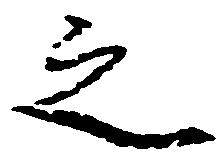
之